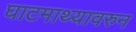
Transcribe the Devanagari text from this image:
घाटमाथ्यावरुन